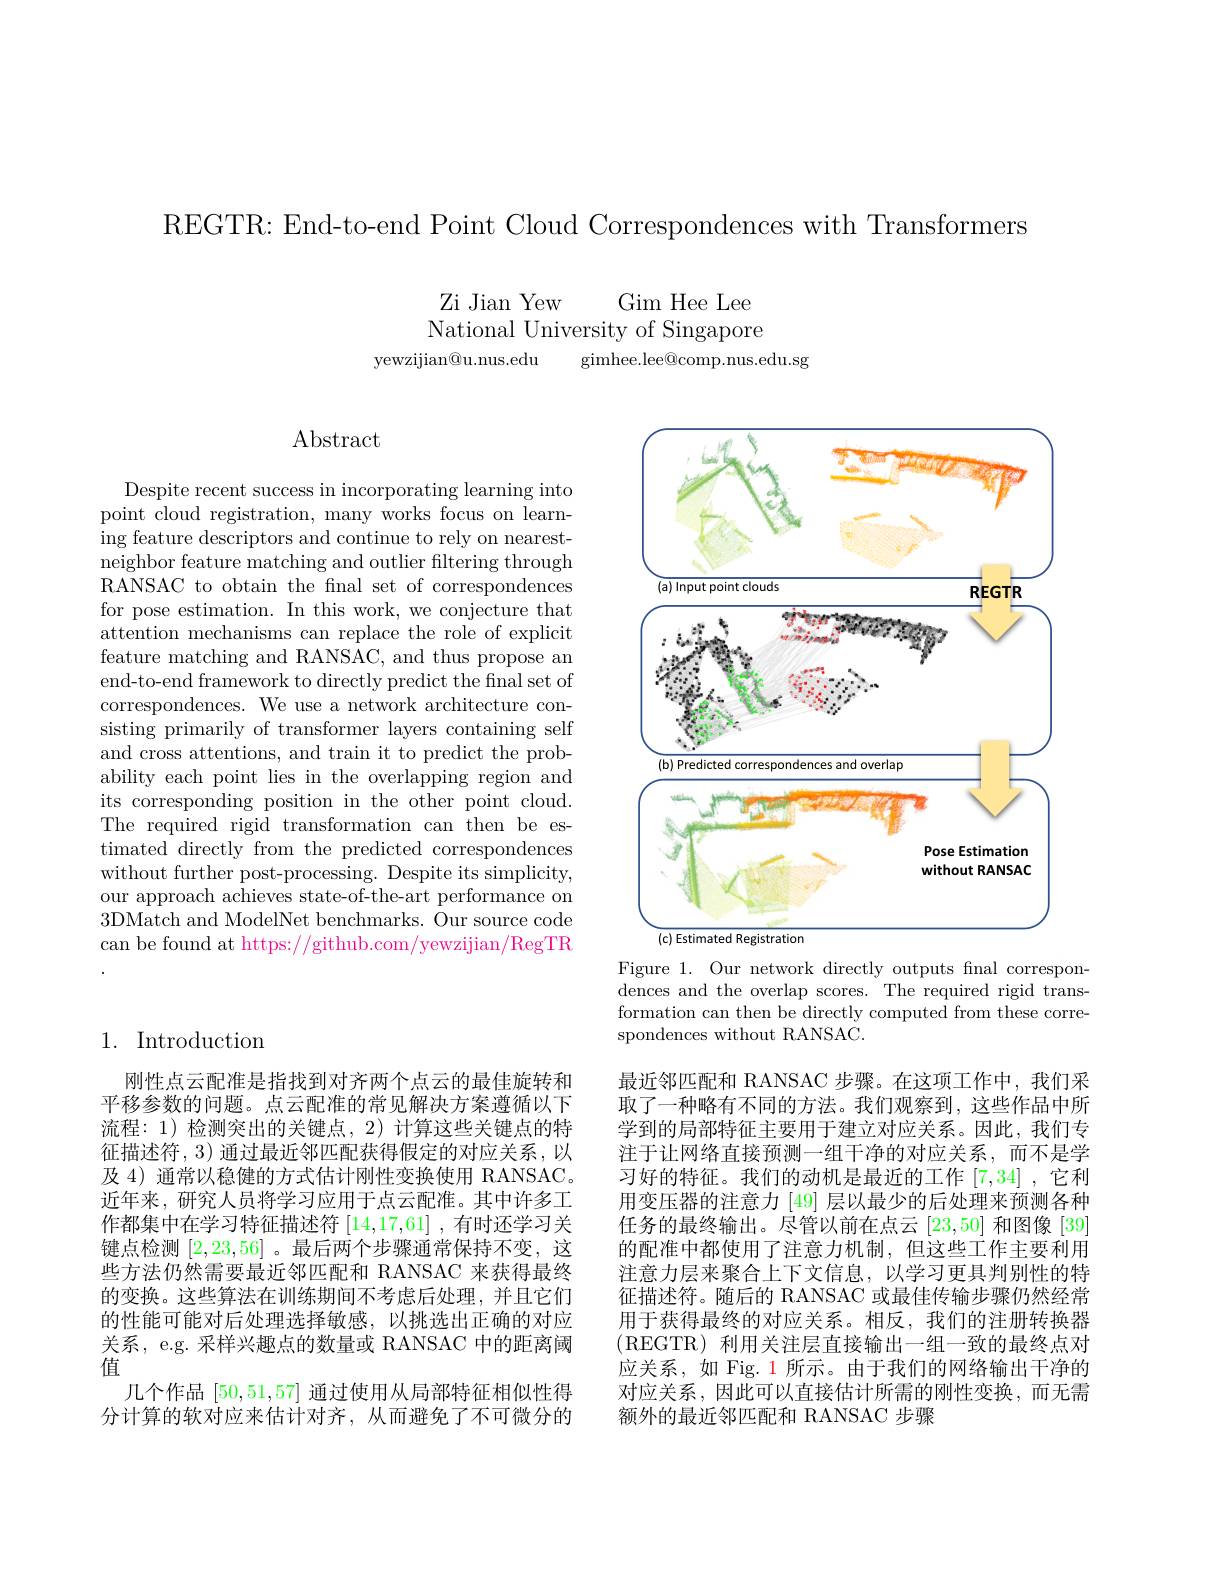
REGTR: End-to-end Point Cloud Correspondences with Transformers

Zi Jian Yew
Gim Hee Lee
National University of Singapore
yewzijian@u.nus.edu
gimhee.lee@comp.nus.edu.sg

# $\operatorname{Abstract}$

Despite recent success in incorporating learning into point cloud registration, many works focus on learning feature descriptors and continue to rely on nearestneighbor feature matching and outlier filtering through RANSAC to obtain the final set of correspondences for pose estimation. In this work, we conjecture that attention mechanisms can replace the role of explicit feature matching and RANSAC, and thus propose an end-to-end framework to directly predict the fnal set of correspondences. We use a network architecture consisting primarily of transformer layers containing self and cross attentions, and train it to predict the probability each point lies in the overlapping region and its corresponding position in the other point cloud. The required rigid transformation can then be estimated directly from the predicted correspondences without further post-processing. Despite its simplicity, our approach achieves state-of-the-art performance on 3DMatch and ModelNet benchmarks. Our source code can be found at https://github.com/yewzijian/RegTR

## 1. Introduction

刚性点云配准是指找到对齐两个点云的最佳旋转和平移参数的问题。点云配准的常见解决方案遵循以下流程：1)检测突出的关键点，2)计算这些关键点的特征描述符，3) 通过最近邻匹配获得假定的对应关系，以及 4) 通常以稳健的方式估计刚性变换使用 RANSAC. 近年来，研究人员将学习应用于点云配准。其中许多工作都集中在学习特征描述符[14,17,61] ,有时还学习关键点检测[2,23,56] 。最后两个步骤通常保持不变，这些方法仍然需要最近邻匹配和 RANSAC 来获得最终的变换。这些算法在训练期间不考虑后处理，并且它们的性能可能对后处理选择敏感，以挑选出正确的对应关系，e.g. 采样兴趣点的数量或 RANSAC 中的距离阈值
几个作品[50,51,57]通过使用从局部特征相似性得分计算的软对应来估计对齐，从而避免了不可微分的

<FigureHere>

Figure 1. Our network directly outputs final correspondences and the overlap scores. The required rigid transformation can then be directly computed from these correspondences without RANSAC.

最近邻匹配和 RANSAC 步骤。在这项工作中，我们采取了一种略有不同的方法。我们观察到，这些作品中所学到的局部特征主要用于建立对应关系。因此，我们专注于让网络直接预测一组干净的对应关系，而不是学习好的特征。我们的动机是最近的工作[7,34] ,它利用变压器的注意力 [49] 层以最少的后处理来预测各种任务的最终输出。尽管以前在点云[23,50]和图像 [39] 的配准中都使用了注意力机制，但这些工作主要利用注意力层来聚合上下文信息，以学习更具判别性的特征描述符。随后的 RANSAC 或最佳传输步骤仍然经常用于获得最终的对应关系。相反，我们的注册转换器(REGTR) 利用关注层直接输出一组一致的最终点对应关系，如 Fig. 1 所示。由于我们的网络输出干净的对应关系，因此可以直接估计所需的刚性变换，而无需额外的最近邻匹配和 RANSAC 步骤